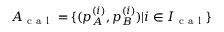
A _ { \mathrm { ~ c ~ a ~ l ~ } } = \{ ( p _ { A } ^ { ( i ) } , p _ { B } ^ { ( i ) } ) | i \in I _ { \mathrm { ~ c ~ a ~ l ~ } } \}